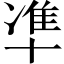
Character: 凖